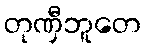
တုဏှီဘူတေ